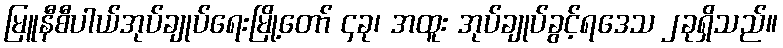
မြူနီစီပါယ်အုပ်ချုပ်ရေးမြို့တော် ၄ခု၊ အထူး အုပ်ချုပ်ခွင့်ရဒေသ ၂ခုရှိသည်။